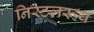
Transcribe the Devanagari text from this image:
निस्टलरूय